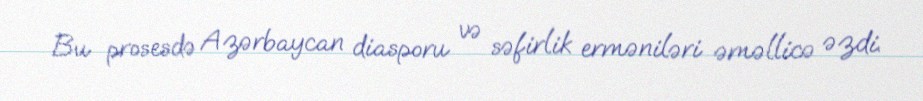
Bu prosesdə Azərbaycan diasporu və səfirlik erməniləri əməllicə əzdi.